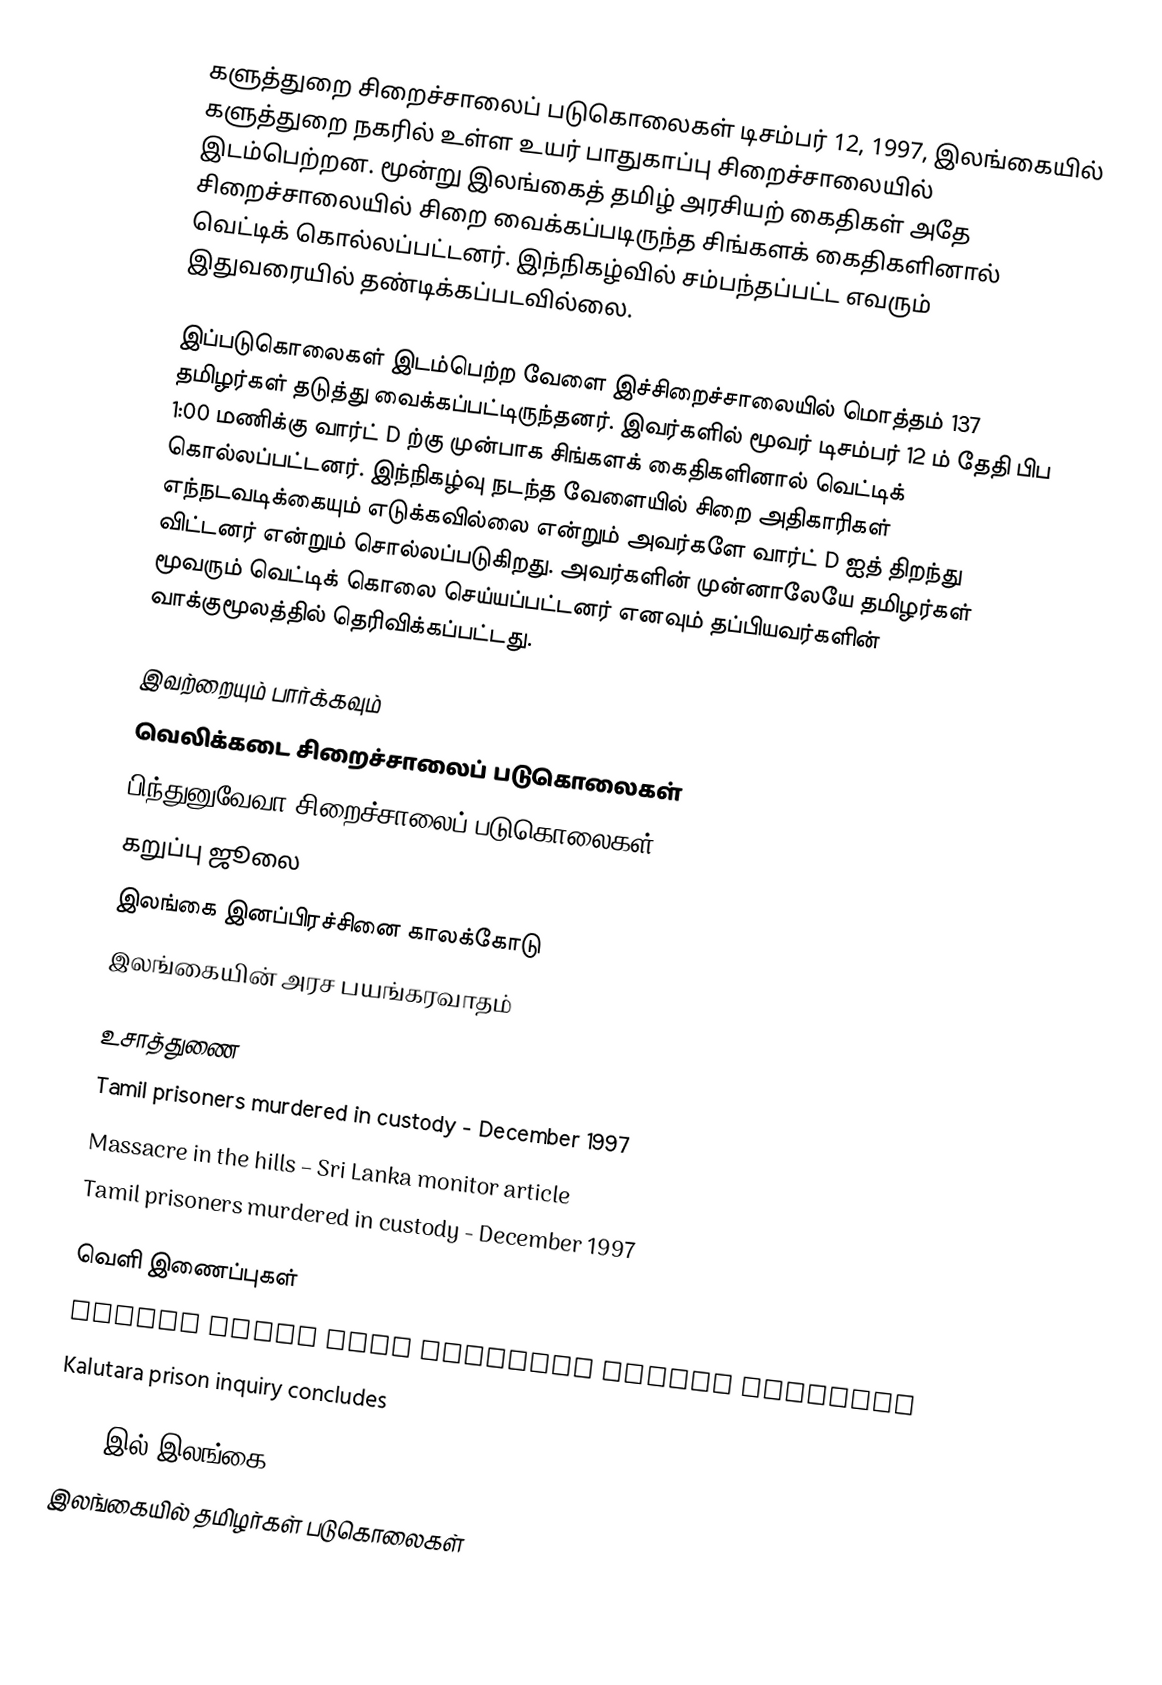
களுத்துறை சிறைச்சாலைப் படுகொலைகள் டிசம்பர் 12, 1997, இலங்கையில் களுத்துறை நகரில் உள்ள உயர் பாதுகாப்பு சிறைச்சாலையில் இடம்பெற்றன. மூன்று இலங்கைத் தமிழ் அரசியற் கைதிகள் அதே சிறைச்சாலையில் சிறை வைக்கப்படிருந்த சிங்களக் கைதிகளினால் வெட்டிக் கொல்லப்பட்டனர். இந்நிகழ்வில் சம்பந்தப்பட்ட எவரும் இதுவரையில் தண்டிக்கப்படவில்லை.

இப்படுகொலைகள் இடம்பெற்ற வேளை இச்சிறைச்சாலையில் மொத்தம் 137 தமிழர்கள் தடுத்து வைக்கப்பட்டிருந்தனர். இவர்களில் மூவர் டிசம்பர் 12 ம் தேதி பிப 1:00 மணிக்கு வார்ட் D ற்கு முன்பாக சிங்களக் கைதிகளினால் வெட்டிக் கொல்லப்பட்டனர். இந்நிகழ்வு நடந்த வேளையில் சிறை அதிகாரிகள் எந்நடவடிக்கையும் எடுக்கவில்லை என்றும் அவர்களே வார்ட் D ஐத் திறந்து விட்டனர் என்றும் சொல்லப்படுகிறது. அவர்களின் முன்னாலேயே தமிழர்கள் மூவரும் வெட்டிக் கொலை செய்யப்பட்டனர் எனவும் தப்பியவர்களின் வாக்குமூலத்தில் தெரிவிக்கப்பட்டது.

இவற்றையும் பார்க்கவும்
வெலிக்கடை சிறைச்சாலைப் படுகொலைகள்
பிந்துனுவேவா சிறைச்சாலைப் படுகொலைகள்
கறுப்பு ஜூலை
இலங்கை இனப்பிரச்சினை காலக்கோடு
 இலங்கையின் அரச பயங்கரவாதம்

உசாத்துணை
Tamil prisoners murdered in custody - December 1997
Massacre in the hills – Sri Lanka monitor article
Tamil prisoners murdered in custody - December 1997

வெளி இணைப்புகள்
London Vigil over Kalutara prison masscare
Kalutara prison inquiry concludes

1997 இல் இலங்கை
இலங்கையில் தமிழர்கள் படுகொலைகள்